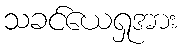
သခင်ယေရှုအား